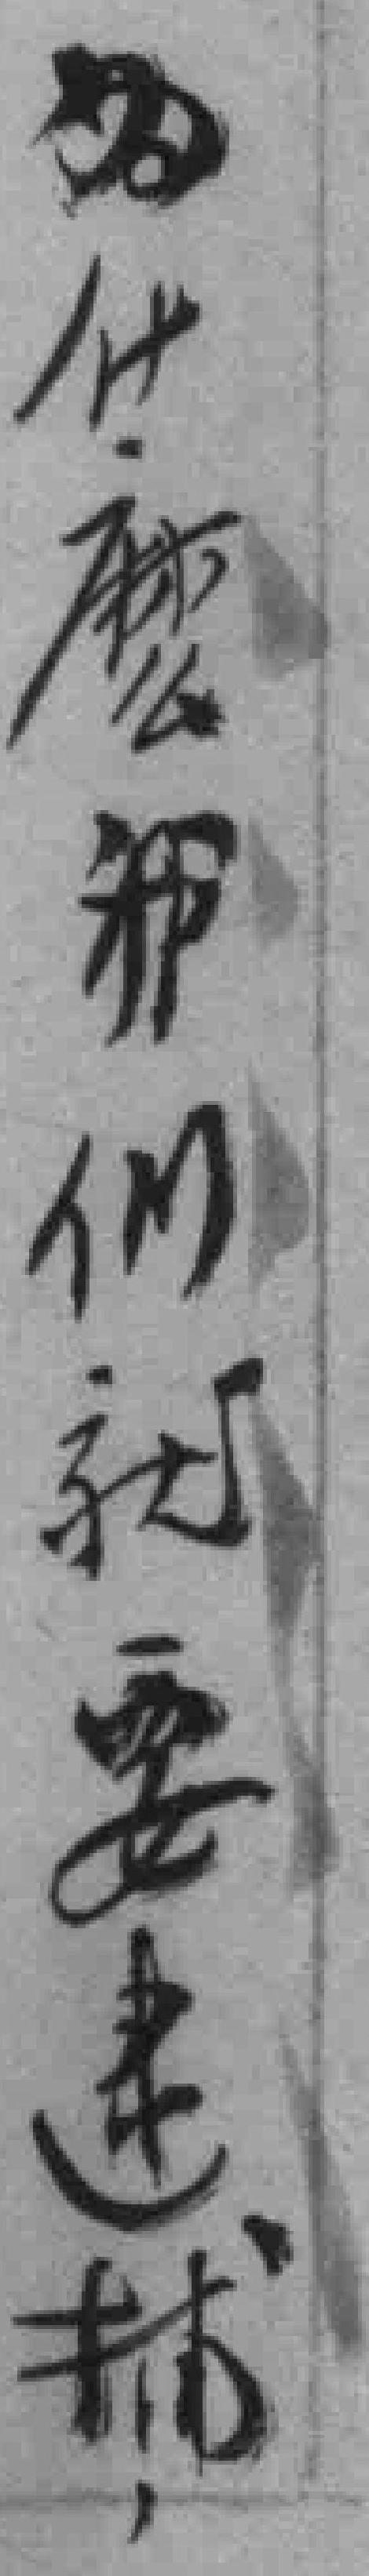
为什麽我们就要逮捕